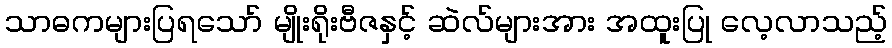
သာဓကများပြရသော် မျိုးရိုးဗီဇနှင့် ဆဲလ်များအား အထူးပြု လေ့လာသည့်